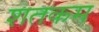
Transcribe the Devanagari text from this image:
शतकम